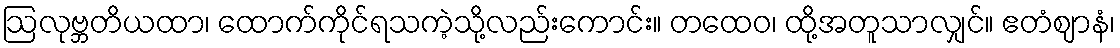
ဩလုဗ္ဘတိယထာ၊ ထောက်ကိုင်ရသကဲ့သို့လည်းကောင်း။ တထေဝ၊ ထို့အတူသာလျှင်။ ဧတံဈာနံ၊